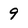
Character: 9